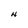
Character: H